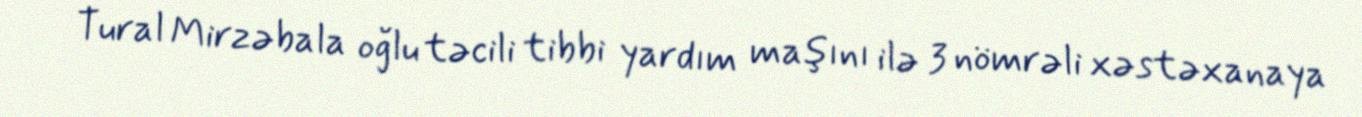
Tural Mirzəbala oğlu təcili tibbi yardım maşını ilə 3 nömrəli xəstəxanaya